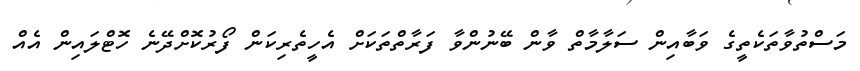
މަސްތުވާތަކެތީގެ ވަބާއިން ސަލާމާތް ވާން ބޭނުންވާ ފަރާތްތަކަށް އެހީތެރިކަން ފޯރުކޮށްދޭނެ ހޮޓްލައިން އެއް